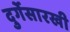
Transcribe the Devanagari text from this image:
दुर्गेसारखी